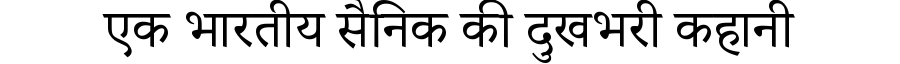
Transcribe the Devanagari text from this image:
एक भारतीय सैनिक की दुखभरी कहानी